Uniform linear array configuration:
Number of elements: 16
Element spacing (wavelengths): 0.5
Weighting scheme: blackman
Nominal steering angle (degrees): -45
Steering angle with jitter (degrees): -43.158
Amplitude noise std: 0.05
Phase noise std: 0.05

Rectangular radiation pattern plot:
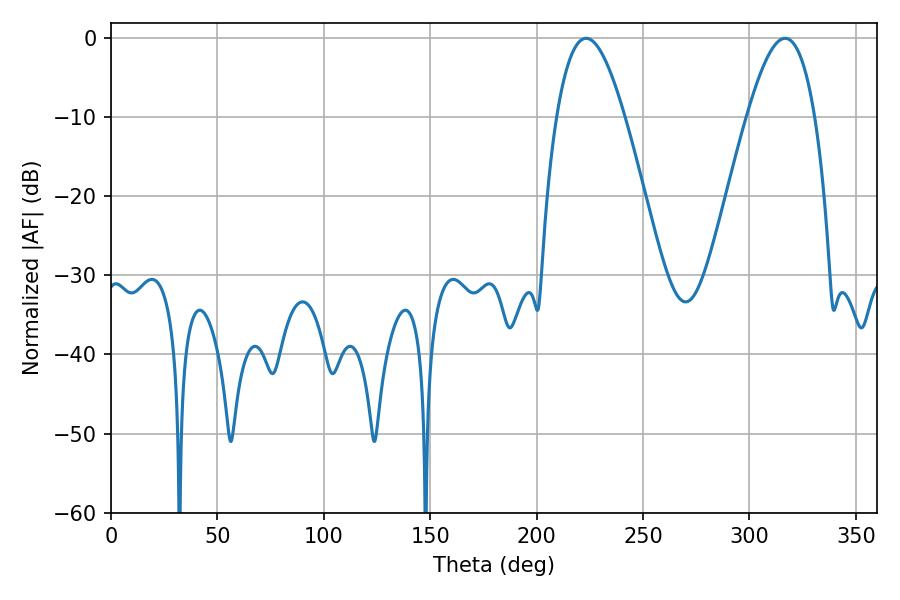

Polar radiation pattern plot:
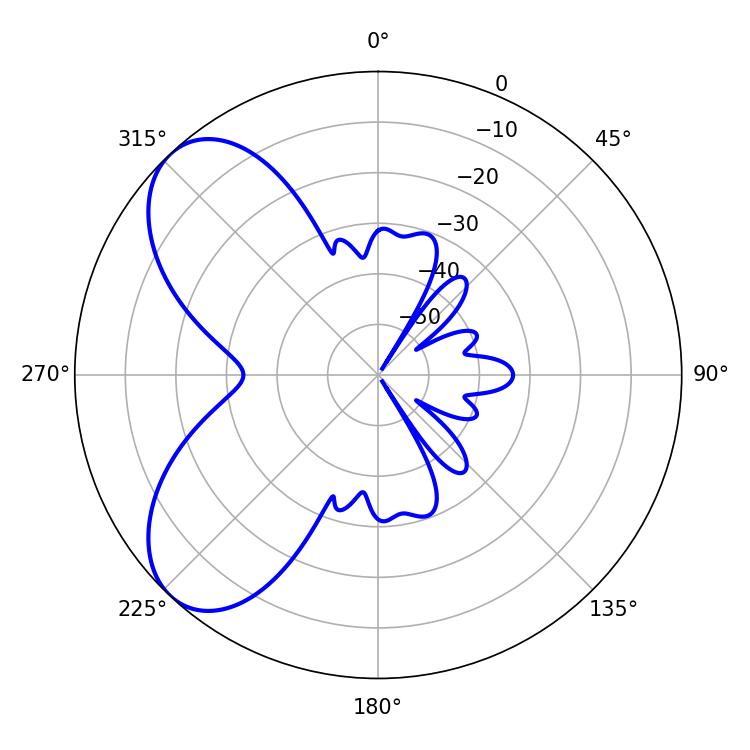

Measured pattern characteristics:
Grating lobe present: FALSE
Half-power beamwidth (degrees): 17.28
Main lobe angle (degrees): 223.2